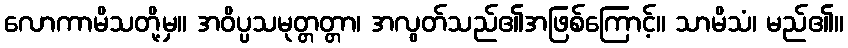
လောကာမိသတို့မှ။ အဝိပ္ပသမုတ္တတ္တာ၊ အလွတ်သည်၏အဖြစ်ကြောင့်။ သာမိသံ၊ မည်၏။